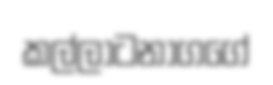
කල්ලාටනාගගේ